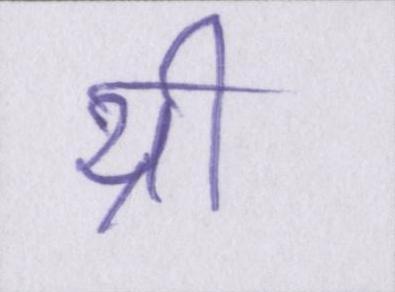
थ्री